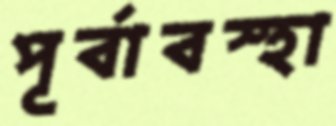
পূর্বাবস্হা